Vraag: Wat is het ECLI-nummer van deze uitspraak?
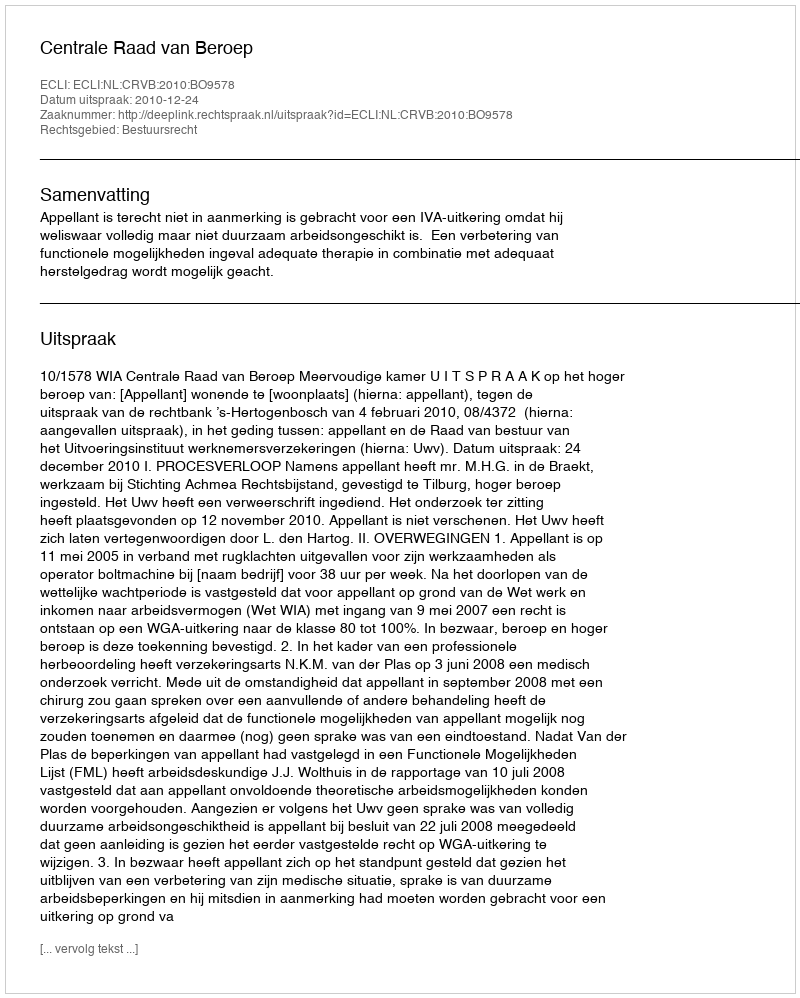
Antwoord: ECLI:NL:CRVB:2010:BO9578